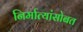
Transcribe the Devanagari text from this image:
निर्मात्यांसोबत